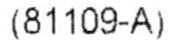
(81109-A)